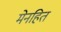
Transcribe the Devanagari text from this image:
मेनहित